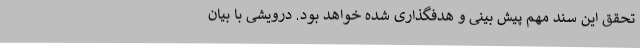
تحقق این سند مهم پیش بینی و هدفگذاری شده خواهد بود. درویشی با بیان